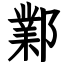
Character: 鄴